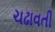
ચઢાવતી